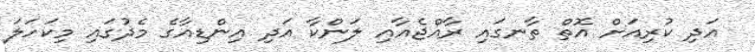
އަދި ކުރިއަށް އޮތް ތާނގައި ރާއްޖެއާއި ލަންކާ އަދި އިންޑިއާގެ މެދުގައި މިކަހަލަ